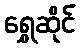
ရွှေဆိုင်